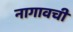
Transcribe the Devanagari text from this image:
नागावची